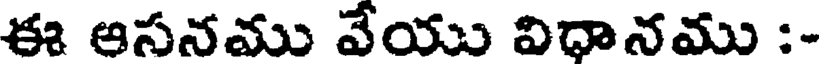
ఈ ఆసనము వేయు విధానము :-